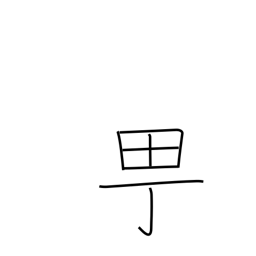
Meaning: town